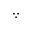
\because